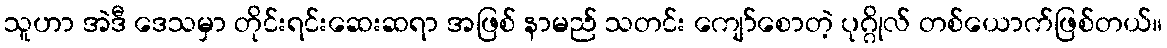
သူဟာ အဲဒီ ဒေသမှာ တိုင်းရင်းဆေးဆရာ အဖြစ် နာမည် သတင်း ကျော်စောတဲ့ ပုဂ္ဂိုလ် တစ်ယောက်ဖြစ်တယ်။